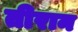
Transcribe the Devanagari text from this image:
तीरान